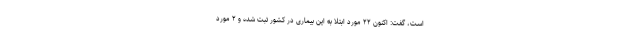
است، گفت: اکنون ۲۲ مورد ابتلا به این بیماری در کشور ثبت شده و ۲ مورد